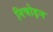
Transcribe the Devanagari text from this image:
निचोड़न